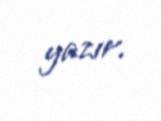
yazır.